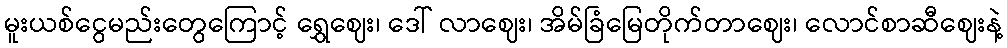
မူးယစ်ငွေမည်းတွေကြောင့် ရွှေဈေး၊ ဒေါ် လာဈေး၊ အိမ်ခြံမြေတိုက်တာဈေး၊ လောင်စာဆီဈေးနဲ့